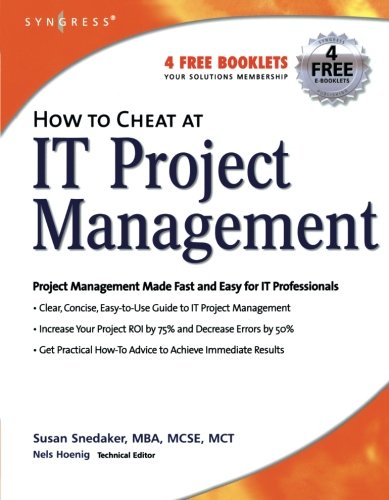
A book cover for How to Cheat at IT Project Management; Susan Snedaker; Computers & Technology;